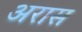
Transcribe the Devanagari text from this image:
अरास